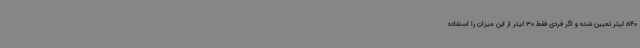
540 لیتر تعیین شده و اگر فردی فقط 30 لیتر از این میزان را استفاده